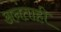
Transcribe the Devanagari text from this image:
अनंताही